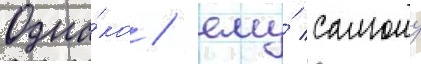
Одна́ко / ему́ самому